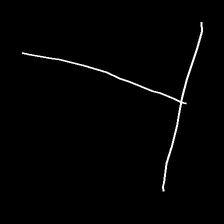
Glyph: column